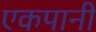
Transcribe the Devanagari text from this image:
एकपानी